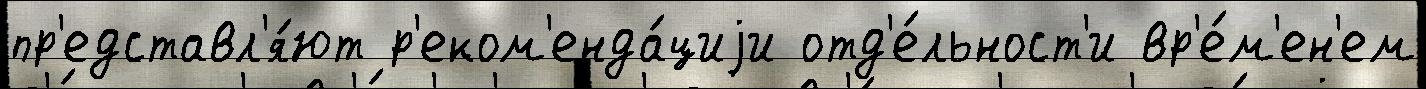
пр'едставл'я́ют р'еком'енда́циjи отд'е́льност'и вр'е́м'ен'ем